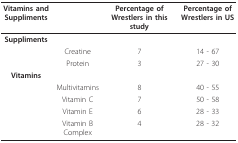
<table><thead><tr><td><b>Vitamins and Suppliments</b></td><td></td><td><b>Percentage of Wrestlers in this study</b></td><td><b>Percentage of Wrestlers in US</b></td></tr></thead><tbody><tr><td><b>Suppliments</b></td><td></td><td></td><td></td></tr><tr><td></td><td>Creatine</td><td>7</td><td>14 - 67</td></tr><tr><td></td><td>Protein</td><td>3</td><td>27 - 30</td></tr><tr><td><b>Vitamins</b></td><td></td><td></td><td></td></tr><tr><td></td><td>Multivitamins</td><td>8</td><td>40 - 55</td></tr><tr><td></td><td>Vitamin C</td><td>7</td><td>50 - 58</td></tr><tr><td></td><td>Vitamin E</td><td>6</td><td>28 - 33</td></tr><tr><td></td><td>Vitamin B Complex</td><td>4</td><td>28 - 32</td></tr></tbody></table>